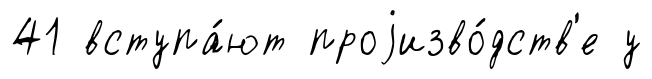
41 вступа́ют проjизво́дств'е у